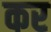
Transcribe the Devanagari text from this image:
कर